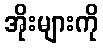
အိုးများကို